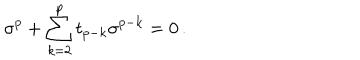
LaTeX: \sigma ^ { p } + \sum _ { k = 2 } ^ { p } t _ { p - k } \sigma ^ { p - k } = 0 \, .